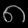
Digit: ၈